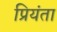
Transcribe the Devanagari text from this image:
प्रियंता